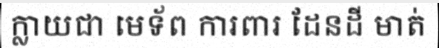
ក្លាយជា មេទ័ព ការពារ ដែនដី មាត់